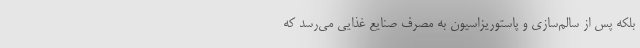
بلکه پس از سالم‌سازی و پاستوریزاسیون به مصرف صنایع غذایی می‌رسد که